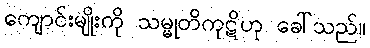
ကျောင်းမျိုးကို သမ္မုတိကုဋိဟု ခေါ်သည်။